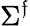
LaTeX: \Sigma^{\mathfrak{f}}